Lunatic asylums Madras 1892-1911 - 1892-1911
Year: 1892
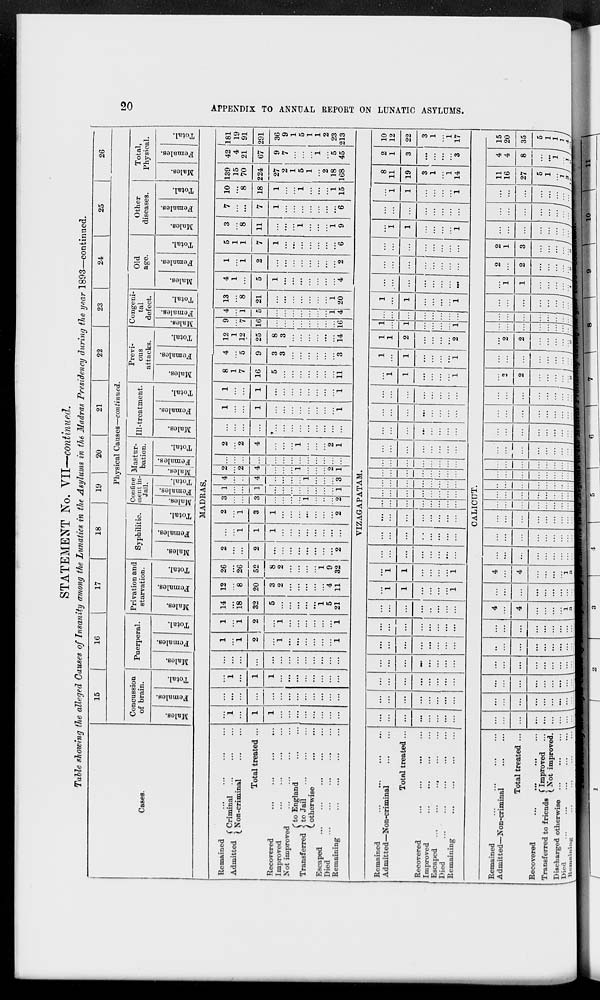
20
APPENDIX TO ANNTUAL REPORT ON LUNATIC ASYLUMS.
STATEMENT No. VII—continued.
Table showing the alleged Causes of Insanity among the Lunatics in the Asylums in the Madras Presidency during the year 1893—continued.
Cases.
15
16
17
18
19
20
21
22
23
24
25
26
Physical Causes—continued.
Concussion
of brain.
Males.
Females.
Total.
Puerperal.
Males.
Females.
Total.
Privation and
starvation.
Males.
Females.
Total.
Syphilitic.
Males.
Females.
Total.
Confine
inert in-
Jail.
Males.
Females.
Total.
Mastur-
bation.
Males.
Females.
Total.
III-treatment.
Males.
Females.
Total.
Previ-
ous
attacks.
Males.
Females.
Total.
Congeni-
tal
defect.
Males.
Females.
Total.
Old
age.
Males.
Females.
Total.
Other
diseases.
Males.
Females.
Total.
Total,
Physical.
Males.
Females.
Total.
MADRAS.
Remained ... ... ... ...
Admitted
Criminal ... ... ...
Non-criminal ... ...
Total treated ...
Recovered ... ... ... ...
Improved ... ... ... ...
Not improved ... ... ... ...
Transferred
to England ... ...
to Jail ... ... ...
otherwise
...
...
Escaped ... ... ... ... ...
Died
...
...
...
...
...
Remaining ... ... ... ...
...
1
...
1
1
...
...
...
...
...
...
...
...
...
...
...
...
...
...
...
...
...
...
...
...
...
...
1
...
1
1
...
...
...
...
...
...
...
...
...
...
...
...
...
...
...
...
...
...
...
...
...
1
...
1
2
...
1
...
...
...
...
...
...
1
1
...
1
2
...
1
...
...
...
...
...
...
1
14
...
18
32
5
...
...
...
...
...
1
5
21
12
...
8
20
3
2
...
...
...
...
...
4
11
26
...
26
52
8
2
...
...
...
...
1
9
32
2
...
...
2
...
...
...
...
...
...
...
...
2
...
...
1
1
1
...
...
...
...
...
...
...
...
2
...
1
3
1
...
...
...
...
...
...
...
2
3
...
...
3
...
...
...
...
1
...
...
...
2
1
...
...
1
...
...
...
...
...
...
...
...
1
4
...
...
4
...
...
...
...
1
...
...
...
3
2
...
2
4
...
...
...
1
...
...
...
2
1
...
...
...
...
...
...
...
...
...
...
...
...
...
2
...
2
4
...
...
...
1
...
...
...
2
1
...
...
...
...
...
...
...
...
...
...
...
...
...
1
...
...
1
...
...
...
...
...
...
...
...
1
1
...
...
1
...
...
...
...
...
...
...
...
1
8
1
7
16
5
...
...
...
...
...
...
...
11
4
...
5
9
3
3
...
...
...
...
...
...
3
12
1
12
25
8
3
...
...
...
...
...
...
14
9
...
7
16
...
...
...
...
...
...
...
...
16
4
...
1
5
...
...
...
...
...
...
...
1
4
13
...
8
21
...
...
...
...
...
...
...
1
20
4
1
...
5
1
...
...
...
...
...
...
...
4
1
...
1
2
...
...
...
...
...
...
...
...
2
5
1
1
7
1
...
...
...
...
...
...
...
6
3
...
8
11
...
...
...
1
...
...
...
1
9
7
...
...
7
1
...
...
...
...
...
...
...
6
10
...
8
18
1
...
...
1
...
...
...
1
15
139
15
70
224
27
2
1
5
1
...
2
18
168
42
4
21
67
9
7
...
...
...
1
...
5
45
181
19
91
291
36
9
1
5
1
1
2
23
213
VIZAGAPATAM.
Remained ... ... ... ...
Admitted—Non-criminal ... ...
Total treated ...
Recovered ... ... ... ...
Improved ... ... ... ...
Escaped ... ... ... ... ...
Died
...
...
...
...
...
Remaining ... ... ... ...
...
...
...
...
...
...
...
...
...
...
...
...
...
...
...
...
...
...
...
...
...
...
...
...
...
...
...
...
...
...
...
...
...
...
...
...
...
...
...
...
...
...
...
...
...
...
...
...
...
...
...
...
...
...
...
...
...
1
1
...
...
...
...
1
...
1
1
...
...
...
...
1
...
...
...
...
...
...
...
...
...
...
...
...
...
...
...
...
...
...
...
...
...
...
...
...
...
...
...
...
...
...
...
...
...
...
...
...
...
...
...
...
...
...
...
...
...
...
...
...
...
...
...
...
...
...
...
...
...
...
...
...
...
...
...
...
...
...
...
...
...
...
...
...
...
...
...
...
...
...
...
...
...
...
...
...
...
...
...
...
...
...
...
...
...
...
...
...
...
1
1
...
...
...
...
1
1
...
1
...
...
...
...
1
1
1
2
...
...
...
...
2
1
...
1
...
...
...
...
1
...
...
...
...
...
...
...
...
1
...
1
...
...
...
...
1
...
...
...
...
...
...
...
...
...
...
...
...
...
...
...
...
...
...
...
...
...
...
...
...
...
1
1
...
...
...
...
1
...
...
...
...
...
...
...
...
...
1
1
...
...
...
...
1
8
11
19
3
1
...
1
14
2
1
3
...
...
...
...
3
10
12
22
3
1
...
1
17
CALICUT.
Remained ... ... ... ...
Admitted—Non-criminal ... ...
Total treated ...
Recovered ... ... ... ...
Transferred to friends
Improved ...
Not improved.
Discharged otherwise
Died
...
...
...
...
Remaining ... ... ... ...
...
...
...
...
...
...
...
...
...
...
...
...
...
...
...
...
...
...
...
...
...
...
...
...
...
...
...
...
...
...
...
...
...
...
...
...
...
...
...
...
...
...
...
...
...
...
...
...
...
...
...
...
...
...
4
...
4
...
...
...
...
1
3
...
...
...
...
...
...
...
...
...
4
...
4
...
...
...
...
1
3
...
...
...
...
...
...
...
...
...
...
...
...
...
...
...
...
...
...
...
...
...
...
...
...
...
...
...
...
...
...
...
...
...
...
...
...
...
...
...
...
...
...
...
...
...
...
...
...
...
...
...
...
...
...
...
...
...
...
...
...
...
... ...
...
...
...
...
...
...
...
...
...
...
...
...
...
...
...
...
...
...
...
...
...
...
...
...
...
...
...
...
...
...
...
...
...
...
...
...
...
...
...
...
...
...
...
...
...
...
2
2
...
...
...
...
...
2
...
...
...
...
...
...
...
...
...
...
2
2
...
...
...
...
...
2
...
...
...
...
...
...
...
...
...
...
...
...
...
...
...
...
...
...
...
...
...
...
...
...
...
...
...
...
1
1
...
...
...
...
...
1
2
...
2
...
...
...
...
...
2
2
1
3
...
...
...
...
...
3
...
...
...
...
...
...
...
...
...
...
...
...
...
...
...
...
...
...
...
...
...
...
...
...
...
...
...
11
16
27
5
1
...
1
3
17
4
4
8
...
...
1
...
1
6
15
20
35
5
1
1
1
4
23